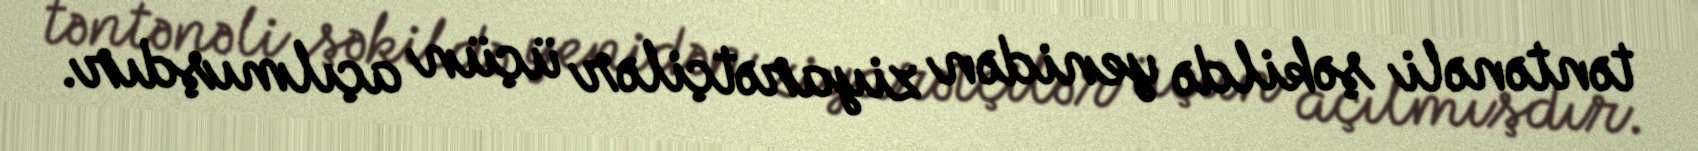
təntənəli şəkildə yenidən ziyarətçilər üçün açılmışdır.